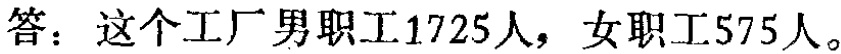
答：这个工厂男职工1725人，女职工575人。